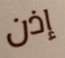
إذن